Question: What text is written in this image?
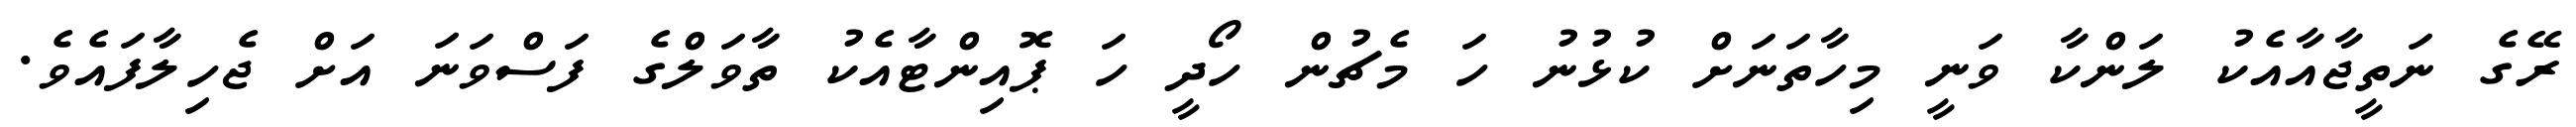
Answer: ރޭގެ ނަތީޖާއާއެކު ލަންކާ ވަނީ މިހާތަނަށް ކުޅުނު ހަ މެޗުން ހޯދީ ހަ ޕޮއިންޓާއެކު ތާވަލްގެ ފަސްވަނަ އަށް ޖެހިލާފައެވެ.